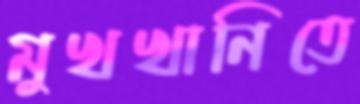
মুখখানিতে